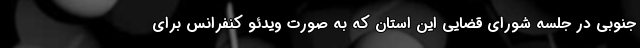
جنوبی در جلسه شورای قضایی این استان که به صورت ویدئو کنفرانس برای